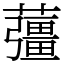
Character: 䕬